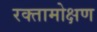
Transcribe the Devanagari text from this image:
रक्तामोक्षण